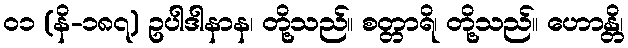
၀၁ (နိ-၁၈၇) ဥပါဒါနာန၊ တို့သည်။ စတ္တာရိ၊ တို့သည်။ ဟောန္တိ၊